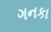
ગનકા